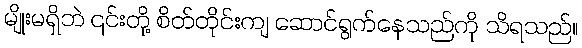
မျိုးမရှိဘဲ ၎င်းတို့ စိတ်တိုင်းကျ ဆောင်ရွက်နေသည်ကို သိရသည်။